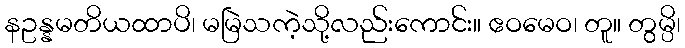
နဥန္နမတိယထာပိ၊ မမြဲသကဲ့သို့လည်းကောင်း။ ဧဝမေဝ၊ တူ။ တွမ္ပိ၊